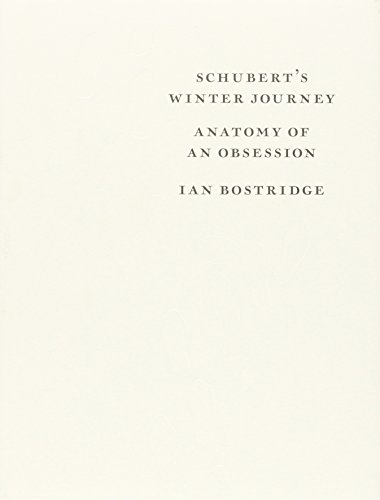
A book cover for Schubert's Winter Journey: Anatomy of an Obsession; Ian Bostridge; Arts & Photography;